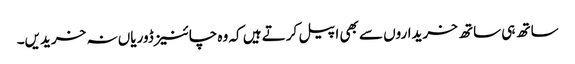
ساتھ ہی ساتھ خریداروں سے بھی اپیل کرتے ہیں کہ وہ چائنیز ڈوریاں نہ خریدیں۔